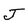
Character: J